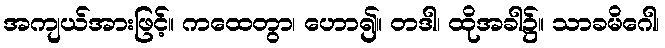
အကျယ်အားဖြင့်။ ကထေတွာ၊ ဟော၍။ တဒါ၊ ထိုအခါ၌။ သာခမိဂေါ၊